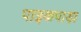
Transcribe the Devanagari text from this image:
पाइकपाड़ा